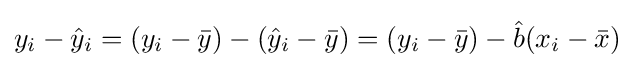
y_{i}-{\hat {y}}_{i}=(y_{i}-{\bar {y}})-({\hat {y}}_{i}-{\bar {y}})=(y_{i}-{\bar {y}})-{\hat {b}}(x_{i}-{\bar {x}})